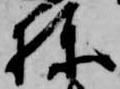
棟